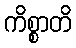
ကိစ္စာတိ